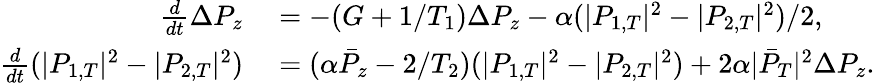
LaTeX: \begin{array}{rl}{\frac{d}{dt}\Delta P_{z}}&{{}=-(G+1/T_{1})\Delta P_{z}-\alpha(|P_{1,T}|^{2}-|P_{2,T}|^{2})/2,}\\ {\frac{d}{dt}(|P_{1,T}|^{2}-|P_{2,T}|^{2})}&{{}=(\alpha\bar{P}_{z}-2/T_{2})(|P_{1,T}|^{2}-|P_{2,T}|^{2})+2\alpha|\bar{P}_{T}|^{2}\Delta P_{z}.}\end{array}